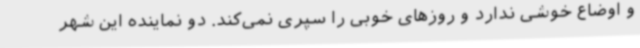
و اوضاع خوشی ندارد و روزهای خوبی را سپری نمی‌کند. دو نماینده این شهر